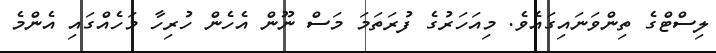
ލިސްޓްގެ ތިންވަނައިގައެވެ. މިއަހަރުގެ ފުރަތަމަ މަސް ނޫން އެހެން ހުރިހާ މަހެއްގައި އެންމެ